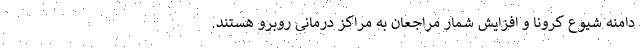
دامنه شیوع کرونا و افزایش شمار مراجعان به مراکز درمانی روبرو هستند.